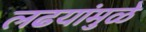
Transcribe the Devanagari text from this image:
लढयांमुळे